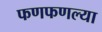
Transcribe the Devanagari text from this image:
फणफणल्या